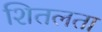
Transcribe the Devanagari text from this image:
शितलता